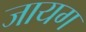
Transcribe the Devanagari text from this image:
जायग